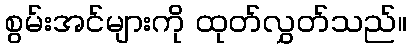
စွမ်းအင်များကို ထုတ်လွှတ်သည်။